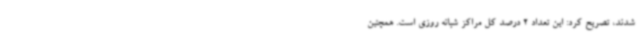
شدند، تصریح کرد: این تعداد 2 درصد کل مراکز شبانه روزی است. همچنین